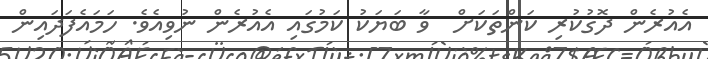
އެއުރެން ދޮގުކުރި ކަންތަކަށް  ވާ ބަޔަކު ކަމުގައި އެއުރެން ނުވިއެވެ. ހަމައެފަދައިން